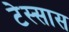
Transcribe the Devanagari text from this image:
टेस्सास